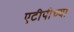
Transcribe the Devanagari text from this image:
एटीपीच्या